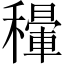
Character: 𥣐